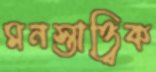
মনস্তাত্ত্বিক